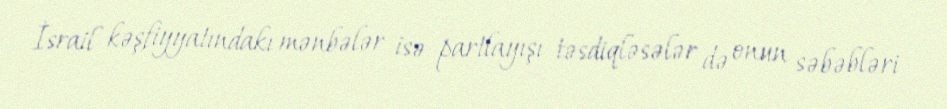
İsrail kəşfiyyatındakı mənbələr isə partlayışı təsdiqləsələr də onun səbəbləri